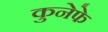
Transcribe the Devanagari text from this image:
कुनेफे